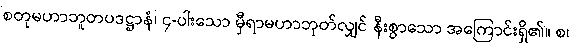
စတုမဟာဘူတပဒဋ္ဌာနံ၊ ၄-ပါးသော မှီရာမဟာဘုတ်လျှင် နီးစွာသော အကြောင်းရှိ၏။ စ၊